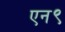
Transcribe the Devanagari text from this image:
एन९